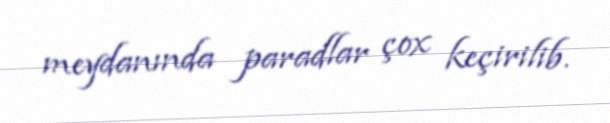
meydanında paradlar çox keçirilib.